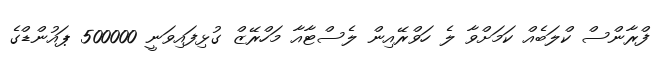
ފްރާންސް ކްލަބެއް ކަމަށްވާ ލެ ހަވްރޭއިން ލެސްޓާއާ މަހްރޭޒް ގުޅިފައިވަނީ 500000 ޕައުންޑްގެ